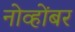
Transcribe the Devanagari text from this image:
नोव्होंबर